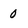
Character: 0